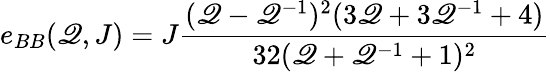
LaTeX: e_{BB}(\mathscr{Q},J)=J\frac{{(\mathscr{Q}-\mathscr{Q}^{-1})^{2}(3\mathscr{Q}+3\mathscr{Q}^{-1}+4)}}{{32(\mathscr{Q}+\mathscr{Q}^{-1}+1)^{2}}}